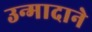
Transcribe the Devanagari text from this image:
उन्मादाने